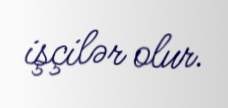
işçilər olur.